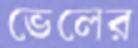
ভেলের